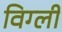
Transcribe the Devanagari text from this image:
विग्ली